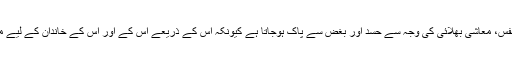
زکوٰۃ وصول کرنے والے کا نفس، معاشی بھلائی کی وجہ سے حسد اور بُغض سے پاک ہوجاتا ہے کیونکہ اس کے ذریعے اس کے اور اس کے خاندان کے لیے مالی آسودگی فراہم ہوجاتی ہے۔